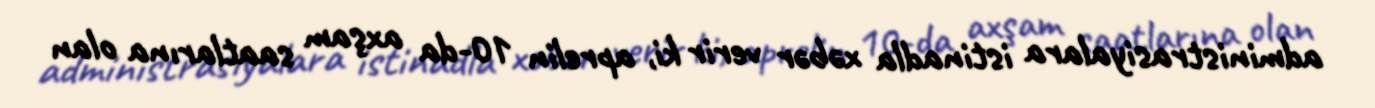
administrasiyalara istinadla xəbər verir ki, aprelin 10-da axşam saatlarına olan